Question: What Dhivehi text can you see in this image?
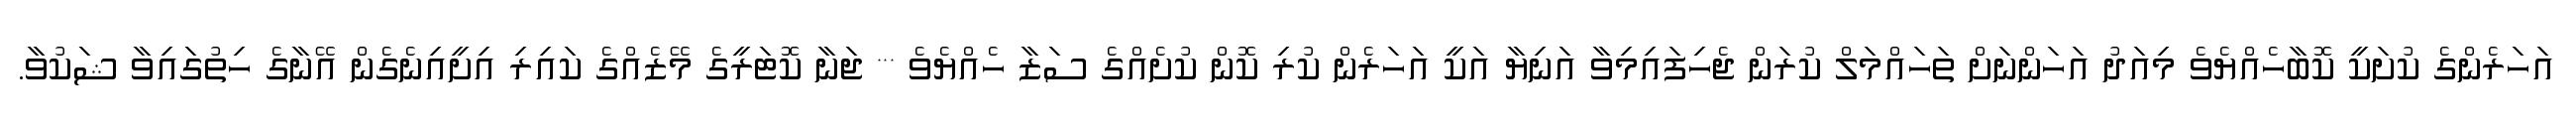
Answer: އަހަރެންގެ ކުށަކީ ކޮބާހެއްޔެވެ މިއަދު އަހަންނަށް ތަހައްމަލް ކުރަން ޖެހިފައިމިވާ އަނިޔާ އަކީ އަހަރެން ކުރި ކޮން ކުށެއްގެ ސަޒާ ހެއްޔެވެ *** ޖަނާ ކޮޓަރީގެ މޭޒެއްގެ ކައިރި އިށީއިނެގެން އޭނާގެ ހިތުގައިވާ ޝަކުވާ.